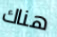
هناك